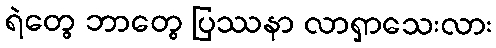
ရဲတွေ ဘာတွေ ပြဿနာ လာရှာသေးလား